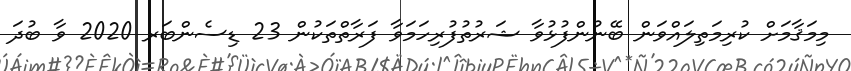
މިމަޤާމަށް ކުރިމަތިލައްވަން ބޭނުންފުޅުވާ ޝަރުތުފުރިހަމަވާ ފަރާތްތަކުން 23 ޑިސެންބަރ 2020 ވާ ބުދަ